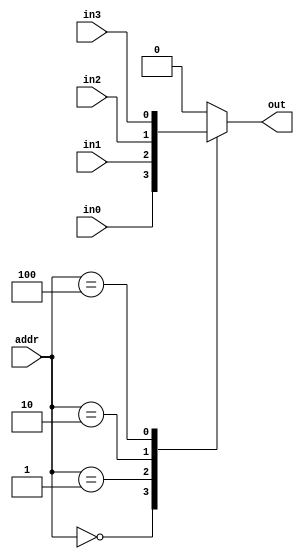
module MUX_4to1(out,in0,in1,in2,in3,addr);
  parameter n=1;            	 //n is the number of input/output 
  output reg[n-1:0] out;
  input[n-1:0] in0,in1,in2,in3;	     
  input [2:0]addr;
  
  always @(*)
		begin 
			 case(addr)
				3'b000:	out = in0;
				3'b001:	out = in1;	
				3'b010:	out = in2;
				3'b100:   out = in3;		
				default:  out=0;      // error: out =0;
			 endcase
		end

endmodule